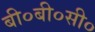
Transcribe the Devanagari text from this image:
बी०बी०सी०